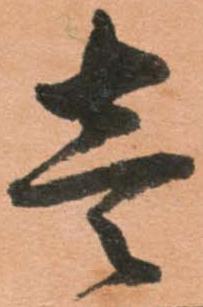
壱